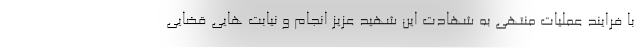
با فرایند عملیات منتهی به شهادت این شهید عزیز انجام و نیابت هایی قضایی